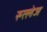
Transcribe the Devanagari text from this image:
रुत्लेज